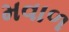
મવાળ